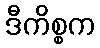
ဒီကိစ္စက